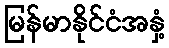
မြန်မာနိုင်ငံအနှံ့